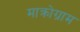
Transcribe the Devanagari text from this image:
माक्रोग्राम